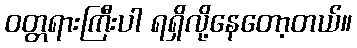
ဝတ္တရားကြီးပါ ရရှိလို့နေတော့တယ်။